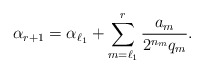
\begin{align*}\alpha_{r+1}=\alpha_{\ell_1}+\sum_{m={\ell_1}}^r \frac{a_m}{2^{n_{m}} {q_m}}.\end{align*}